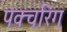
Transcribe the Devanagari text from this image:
पंक्चरिंग